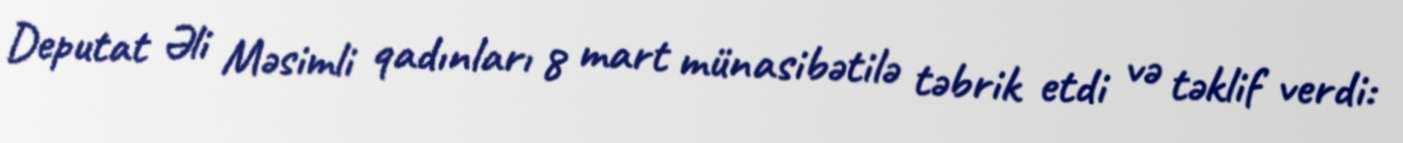
Deputat Əli Məsimli qadınları 8 mart münasibətilə təbrik etdi və təklif verdi: